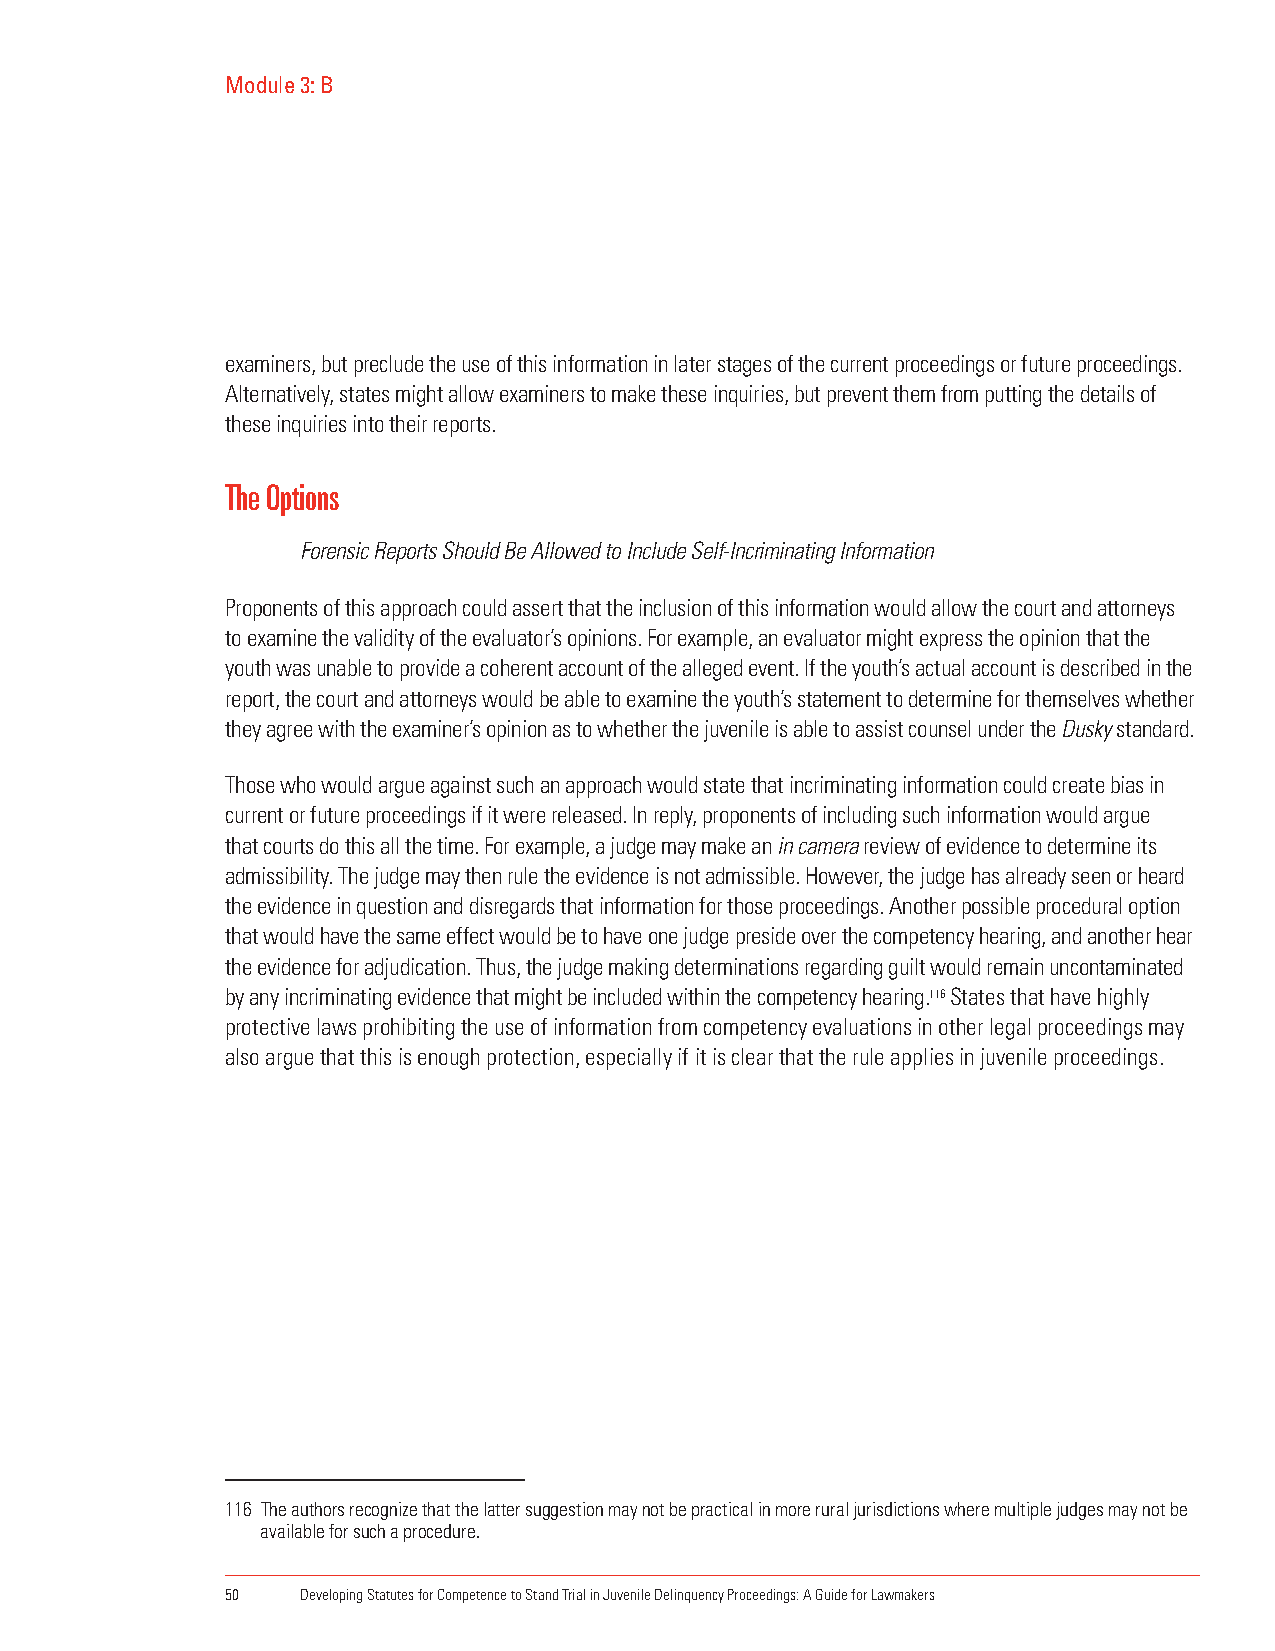
Module 3: B
 examiners, but preclude the use of this information in later stages of the current proceedings or future proceedings.
 Alternatively, states might allow examiners to make these inquiries, but prevent them from putting the details of
 these inquiries into their reports.
 The Options
 Forensic Reports Should Be Allowed to Include Self-Incriminating Information
 Proponents of this approach could assert that the inclusion of this information would allow the court and attorneys
 to examine the validity of the evaluator’s opinions. For example, an evaluator might express the opinion that the
 youth was unable to provide a coherent account of the alleged event. If the youth’s actual account is described in the
 report, the court and attorneys would be able to examine the youth’s statement to determine for themselves whether
 they agree with the examiner’s opinion as to whether the juvenile is able to assist counsel under the Dusky standard.
 Those who would argue against such an approach would state that incriminating information could create bias in
 current or future proceedings if it were released. In reply, proponents of including such information would argue
 that courts do this all the time. For example, a judge may make an in camera review of evidence to determine its
 admissibility. The judge may then rule the evidence is not admissible. However, the judge has already seen or heard
 the evidence in question and disregards that information for those proceedings. Another possible procedural option
 that would have the same effect would be to have one judge preside over the competency hearing, and another hear
 the evidence for adjudication. Thus, the judge making determinations regarding guilt would remain uncontaminated
 by any incriminating evidence that might be included within the competency hearing.116 States that have highly
 protective laws prohibiting the use of information from competency evaluations in other legal proceedings may
 also argue that this is enough protection, especially if it is clear that the rule applies in juvenile proceedings.
 116 The authors recognize that the latter suggestion may not be practical in more rural jurisdictions where multiple judges may not be
 available for such a procedure.
 50   Developing Statutes for Competence to Stand Trial in Juvenile Delinquency Proceedings: A Guide for Lawmakers